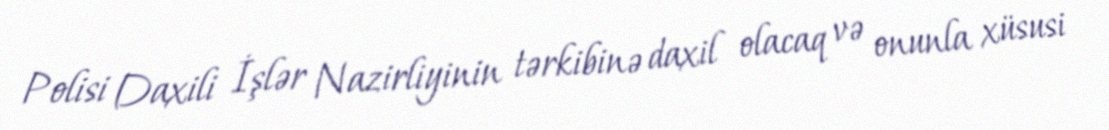
Polisi Daxili İşlər Nazirliyinin tərkibinə daxil olacaq və onunla xüsusi